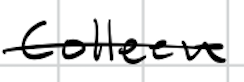
Text: Colleen
Cross-out: single-line
Writing tool: digital_black